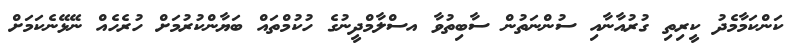
ކަންކަމާމެދު ކީރިތި ގުރުއާނާއި ސުންނަތުން ސާބިތުވާ އސްލާމްދީނުގެ ހުކުމްތައް ބަޔާންކުރުމަށް ހުރެހެއް ނޭޅޭނެކަމަށް